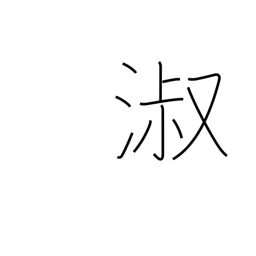
Meaning: graceful